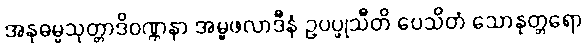
အနုဓမ္မသုတ္တာဒိဝဏ္ဏနာ အမ္ဗဖလာဒီနံ ဥပပ္ဖုသီတိ ပေသိတံ သောနုတ္တရော